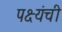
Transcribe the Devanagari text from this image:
पक्ष्यंची